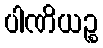
ပါဏိယဉ္စ